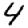
Digit: 4